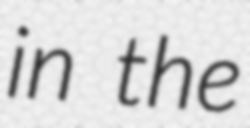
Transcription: in the